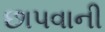
છાપવાની